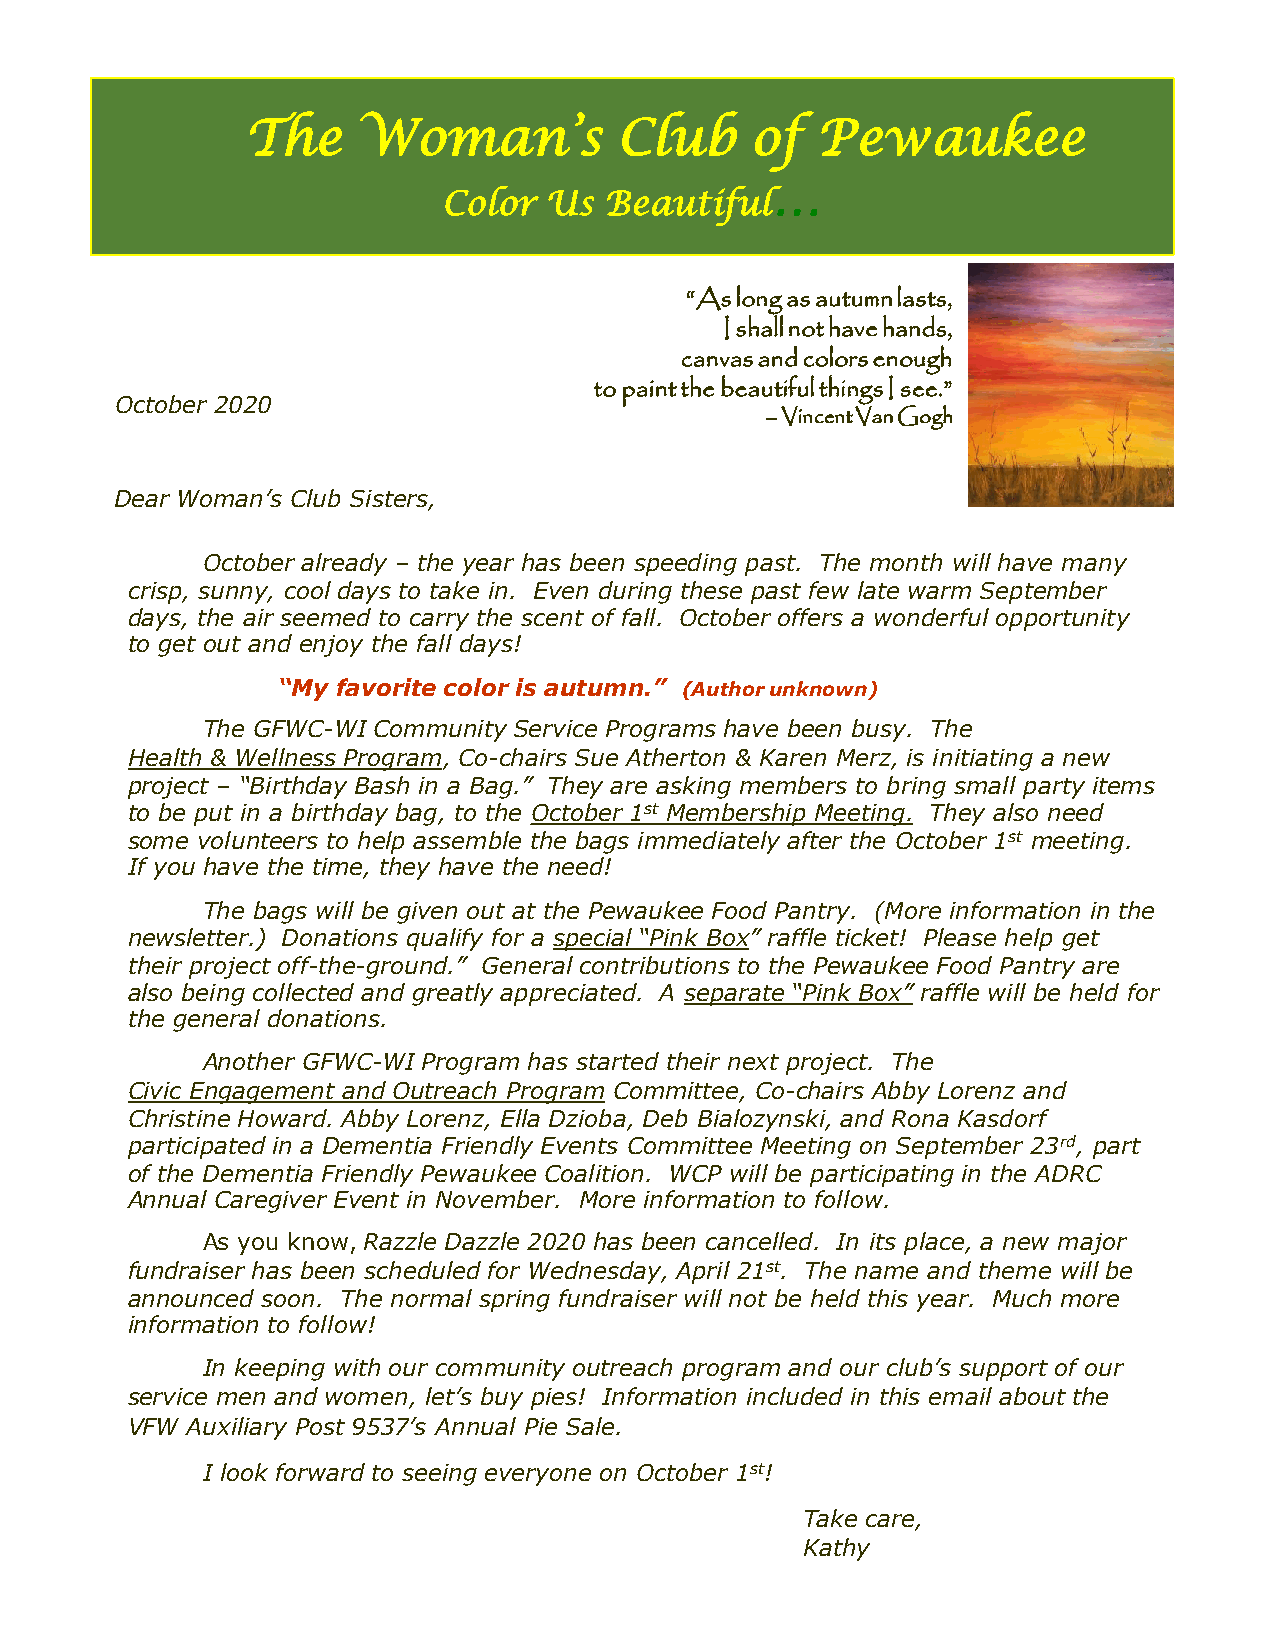
The     Woman’s          Club     of  Pewaukee
 …
 Color  Us  Beautiful
 “As long as autumn lasts,
 I shall not have hands,
 canvas and colors enough
 to paint the beautiful things I see.”
 October 2020
 –Vincent Van Gogh
 Dear Woman’s Club Sisters,
 October already – the year has been speeding past. The month will have many
 crisp, sunny, cool days to take in. Even during these past few late warm September
 days, the air seemed to carry the scent of fall. October offers a wonderful opportunity
 to get out and enjoy the fall days!
 “My favorite color is autumn.” (Author unknown)
 The GFWC-WI Community Service Programs have been busy. The
 Health & Wellness Program, Co-chairs Sue Atherton & Karen Merz, is initiating a new
 project – “Birthday Bash in a Bag.” They are asking members to bring small party items
 to be put in a birthday bag, to the October 1st Membership Meeting. They also need
 some volunteers to help assemble the bags immediately after the October 1st meeting.
 If you have the time, they have the need!
 The bags will be given out at the Pewaukee Food Pantry. (More information in the
 newsletter.) Donations qualify for a special “Pink Box” raffle ticket! Please help get
 their project off-the-ground.” General contributions to the Pewaukee Food Pantry are
 also being collected and greatly appreciated. A separate “Pink Box” raffle will be held for
 the general donations.
 Another GFWC-WI Program has started their next project. The
 Civic Engagement and Outreach Program Committee, Co-chairs Abby Lorenz and
 Christine Howard. Abby Lorenz, Ella Dzioba, Deb Bialozynski, and Rona Kasdorf
 participated in a Dementia Friendly Events Committee Meeting on September 23rd, part
 of the Dementia Friendly Pewaukee Coalition. WCP will be participating in the ADRC
 Annual Caregiver Event in November. More information to follow.
 As you know,Razzle Dazzle 2020 has been cancelled. In its place, a new major
 fundraiser has been scheduled for Wednesday, April 21st. The name and theme will be
 announced soon. The normal spring fundraiser will not be held this year. Much more
 information to follow!
 In keeping with our community outreach program and our club’s support of our
 service men and women, let’s buy pies! Information included in this email about the
 VFW Auxiliary Post 9537’s Annual Pie Sale.
 I look forward to seeing everyone on October 1st!
 Take care,
 Kathy